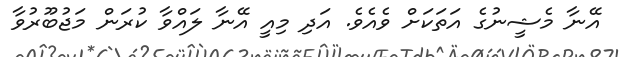
އޭނާ މެޝީނުގެ އަތަކަށް ވެއެވެ. އަދި މިއީ އޭނާ ލައްވާ ކުރަން މަޖުބޫރުވާ